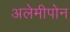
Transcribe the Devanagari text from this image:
अलेमीपोन